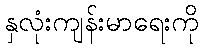
နှလုံးကျန်းမာရေးကို